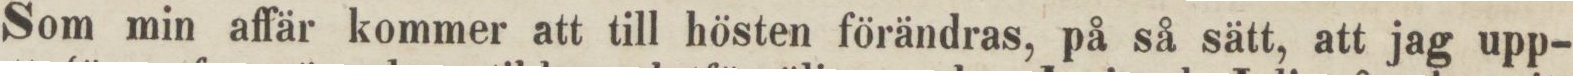
Som min affär kommer att till hösten förändras, på så sätt, att jag upp-